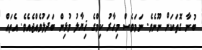
ބުނާ ގޮތަކަށް ނޫނެވެ. ނަމަވެސް މިހާރު ކިމްގެ ޚިޔާލު މުޅިން ބަދަލުވެއްޖެއެވެ. އެތައް